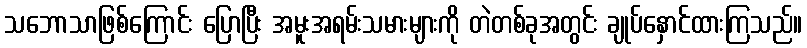
သဘောသာဖြစ်ကြောင်း ပြောပြီး အမူးအရမ်းသမားများကို တဲတစ်ခုအတွင်း ချုပ်နှောင်ထားကြသည်။